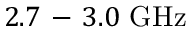
2 . 7 \mathrm { ~ - ~ } 3 . 0 ~ \mathrm { G H z }